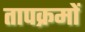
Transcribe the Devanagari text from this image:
तापक्रमों